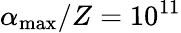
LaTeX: \alpha_{\mathrm{max}}/Z=10^{11}